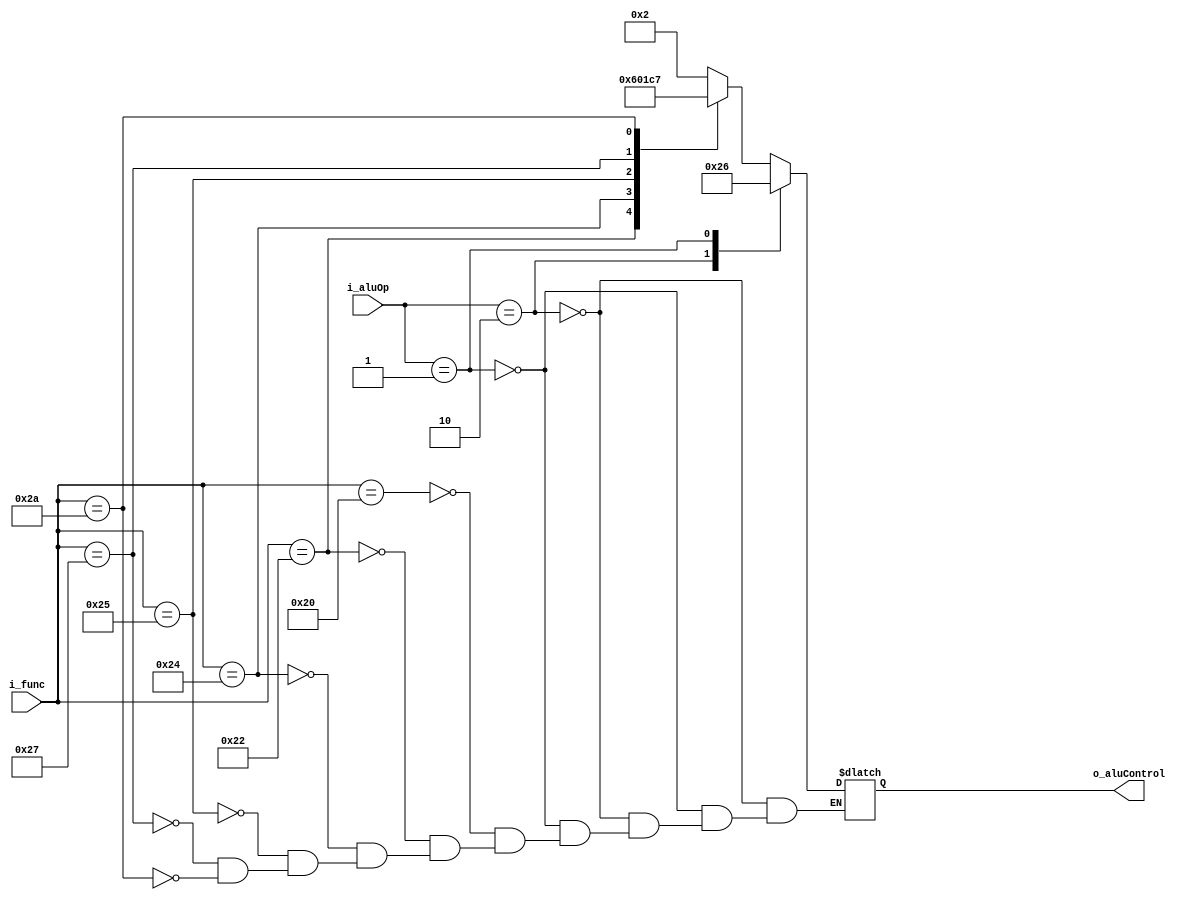
module aluControl(i_aluOp, i_func, o_aluControl);
 
input       [1:0]   i_aluOp;
input       [5:0]   i_func;
output  reg [3:0]   o_aluControl;

localparam AND = 4'b0000, OR = 4'b0001, ADD = 4'b0010;
localparam SUB = 4'b0110, SOLT = 4'b0111, NOR = 4'b1100;

always@(*)begin
	case (i_aluOp)
		2'b10: o_aluControl = ADD;
		2'b01: o_aluControl = SUB;
		default:case(i_func)
			6'h20: o_aluControl = ADD;
			6'h22: o_aluControl = SUB;
			6'h24: o_aluControl = AND;
			6'h25: o_aluControl = OR;
			6'h27: o_aluControl = NOR;
			6'h2A: o_aluControl = SOLT;
		endcase // i_func
	endcase // i_aluOp
end
endmodule